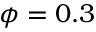
\phi = 0 . 3